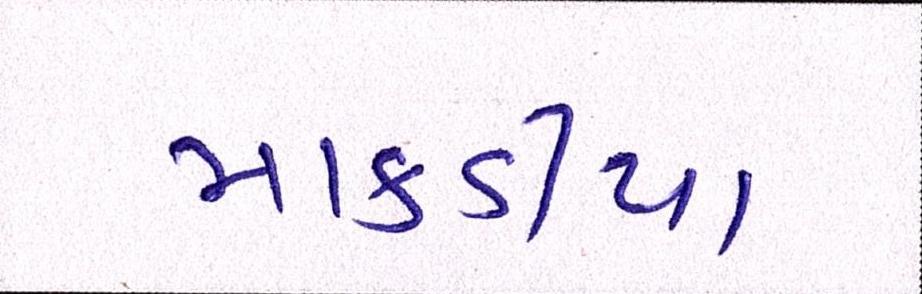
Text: માકડીયા